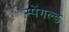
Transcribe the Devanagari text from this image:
स्पेंगल्ड